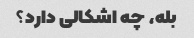
بله، چه اشکالی دارد؟